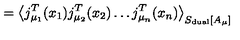
= \left\langle j _ { \mu _ { 1 } } ^ { T } ( x _ { 1 } ) j _ { \mu _ { 2 } } ^ { T } ( x _ { 2 } ) \ldots j _ { \mu _ { n } } ^ { T } ( x _ { n } ) \right\rangle _ { S _ { \mathrm { d u a l } } [ A _ { \mu } ] }